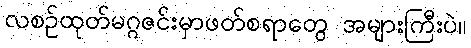
လစဉ်ထုတ်မဂ္ဂဇင်းမှာဖတ်စရာတွေ အများကြီးပဲ။